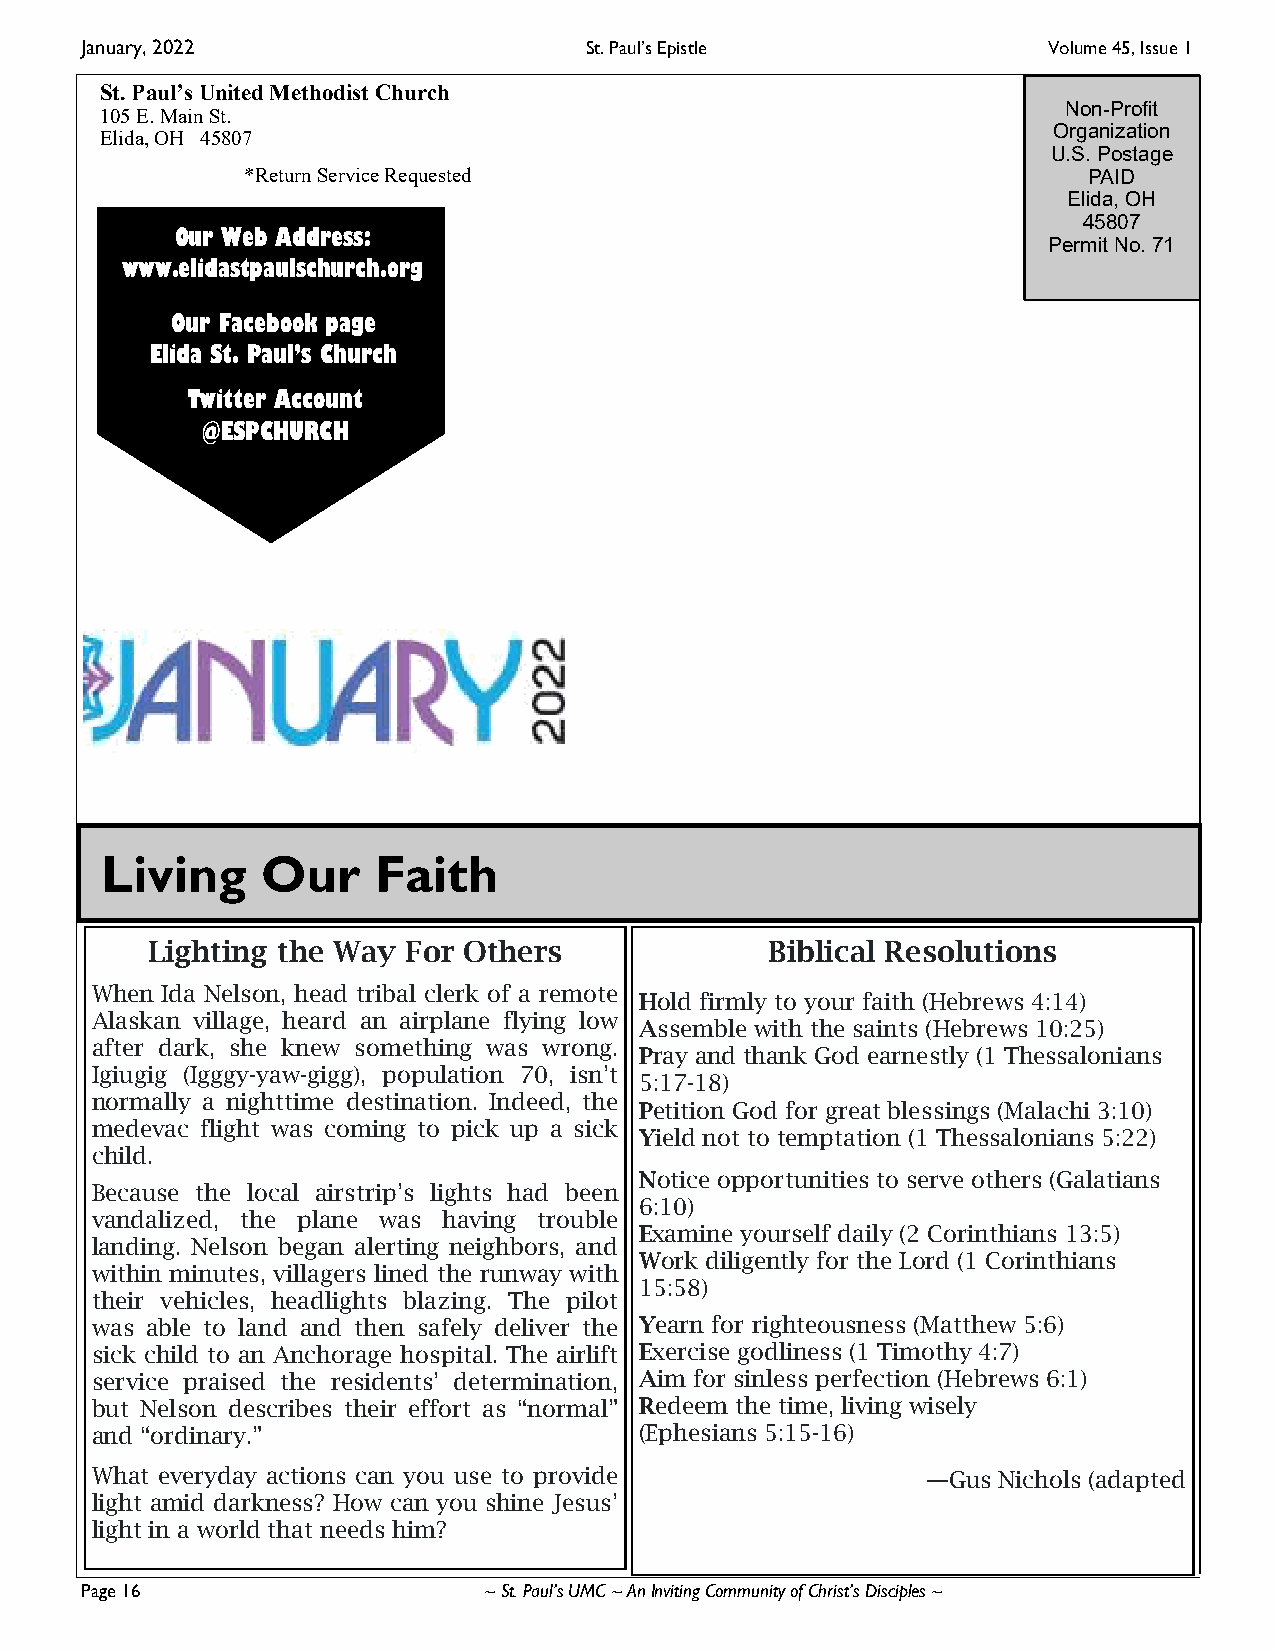
January, 2022                     St. Paul’s Epistle            Volume 45, Issue 1
 St. Paul’s United Methodist Church
 Non-Profit
 105 E. Main St.
 Organization
 Elida, OH 45807
 U.S. Postage
 *Return Service Requested                               PAID
 Elida, OH
 45807
 Our Web Address:
 Permit No. 71
 www.elidastpaulschurch.org
 Our Facebook page
 Elida St. Paul’s Church
 Twitter Account
 @ESPCHURCH
 Living    Our     Faith
 Lighting the Way For Others              Biblical Resolutions
 When Ida Nelson, head tribal clerk of a remote
 Hold firmly to your faith (Hebrews 4:14)
 Alaskan village, heard an airplane flying low
 Assemble with the saints (Hebrews 10:25)
 after dark, she knew something was wrong.
 Pray and thank God earnestly (1 Thessalonians
 Igiugig (Igggy-yaw-gigg), population 70, isn’t
 5:17-18)
 normally a nighttime destination. Indeed, the
 Petition God for great blessings (Malachi 3:10)
 medevac flight was coming to pick up a sick
 Yield not to temptation (1 Thessalonians 5:22)
 child.
 Notice opportunities to serve others (Galatians
 Because the local airstrip’s lights had been
 6:10)
 vandalized, the plane was having trouble
 Examine yourself daily (2 Corinthians 13:5)
 landing. Nelson began alerting neighbors, and
 Work diligently for the Lord (1 Corinthians
 within minutes, villagers lined the runway with
 15:58)
 their vehicles, headlights blazing. The pilot
 was able to land and then safely deliver the Yearn for righteousness (Matthew 5:6)
 sick child to an Anchorage hospital. The airlift Exercise godliness (1 Timothy 4:7)
 service praised the residents’ determination, Aim for sinless perfection (Hebrews 6:1)
 but Nelson describes their effort as “normal” Redeem the time, living wisely
 and “ordinary.”                     (Ephesians 5:15-16)
 What everyday actions can you use to provide           —Gus Nichols (adapted
 light amid darkness? How can you shine Jesus’
 light in a world that needs him?
 Page 16                    ~ St. Paul’s UMC ~ An Inviting Community of Christ’s Disciples ~